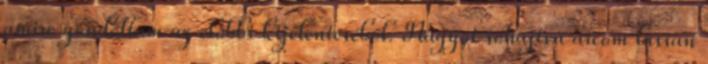
amire gondoltam az előbbi kijelentéséből. Nagyot sóhajtva arcom lassan